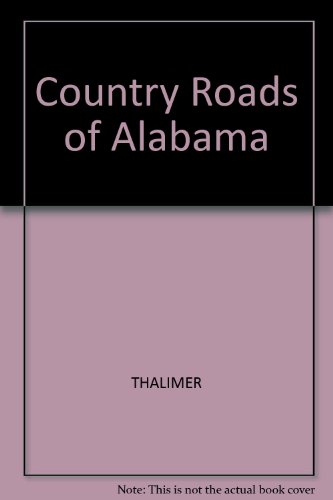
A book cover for Country Roads of Alabama; Carol Thalimer; Travel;